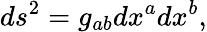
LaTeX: ds^{2}=g_{ab}dx^{a}dx^{b},